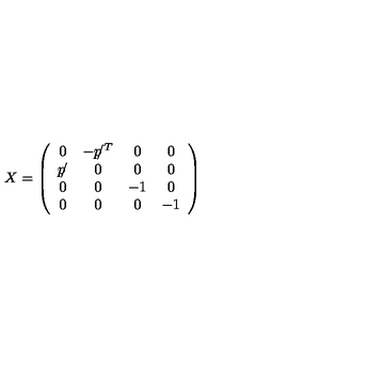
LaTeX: X = \left( \begin{array} { c c c c } { 0 } & { - p \! \! / ^ { T } } & { 0 } & { 0 } \\ { p \! \! / } & { 0 } & { 0 } & { 0 } \\ { 0 } & { 0 } & { - 1 } & { 0 } \\ { 0 } & { 0 } & { 0 } & { - 1 } \\ \end{array} \right)